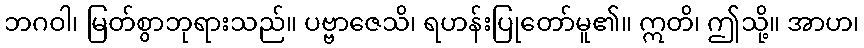
ဘဂဝါ၊ မြတ်စွာဘုရားသည်။ ပဗ္ဗာဇေသိ၊ ရဟန်းပြုတော်မူ၏။ ဣတိ၊ ဤသို့။ အာဟ၊